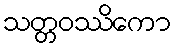
သတ္တဝဿိကော